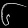
Digit: ၆